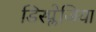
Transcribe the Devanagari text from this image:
डिस्प्लेजिया